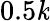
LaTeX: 0.5\mathit{k}